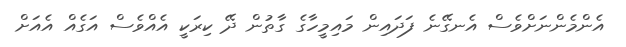
އެންމެންނަށްވެސް އެނގޭނެ ފަދައިން މައިމީހާގެ ގާތުން ދޭ ކިރަކީ އެއްވެސް އަގެއް އެއަށް